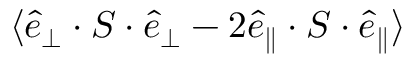
\langle \boldsymbol { \hat { e } } _ { \perp } \cdot \boldsymbol { S } \cdot \boldsymbol { \hat { e } } _ { \perp } - 2 \boldsymbol { \hat { e } } _ { \parallel } \cdot \boldsymbol { S } \cdot \boldsymbol { \hat { e } } _ { \parallel } \rangle